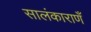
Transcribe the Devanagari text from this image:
सालंकाराणँ